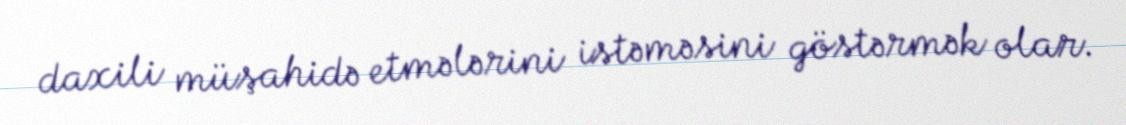
daxili müşahidə etmələrini istəməsini göstərmək olar.